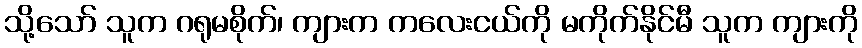
သို့သော် သူက ဂရုမစိုက်၊ ကျားက ကလေးငယ်ကို မကိုက်နိုင်မီ သူက ကျားကို